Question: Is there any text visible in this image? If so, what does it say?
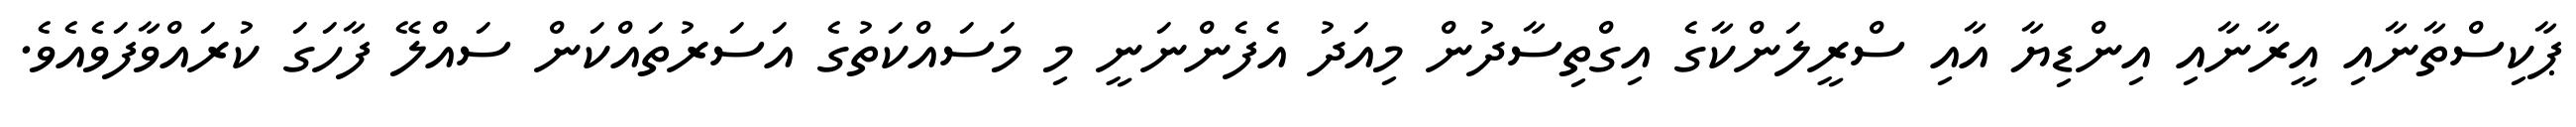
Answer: ޕާކިސްތާނާއި އީރާނާއި އިންޑިޔާ އާއި ސްރީލަންކާގެ އިގްތިސާދުން މިއަދު އެފެންނަނީ މި މަސައްކަތުގެ އަސަރުތައްކަން ސައްލޭ ފާހަގަ ކުރައްވާފަވެއެވެ.